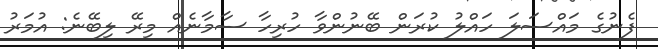
ފެނުގެ މައްސަލަ ހައްލު ކުރަން ބޭނުންވާ ހުރިހާ ސާމާނެއް މިރޭ ލިބޭނެ: އުމަރު